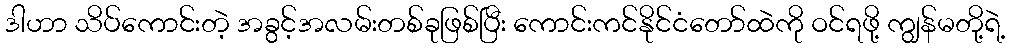
ဒါဟာ သိပ်ကောင်းတဲ့ အခွင့်အလမ်းတစ်ခုဖြစ်ပြီး ကောင်းကင်နိုင်ငံတော်ထဲကို ဝင်ရဖို့ ကျွန်မတို့ရဲ့